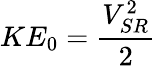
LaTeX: KE_{0}=\frac{V_{SR}^{2}}{2}